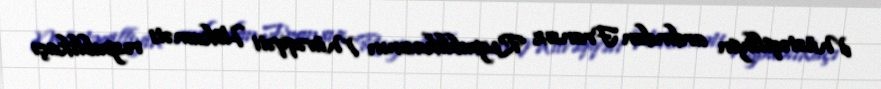
Müstəqilliyin ardından Fransız Respublikasının Müvəqqəti Hökuməti respublikaçı